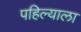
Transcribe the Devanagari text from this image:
पहिल्याला